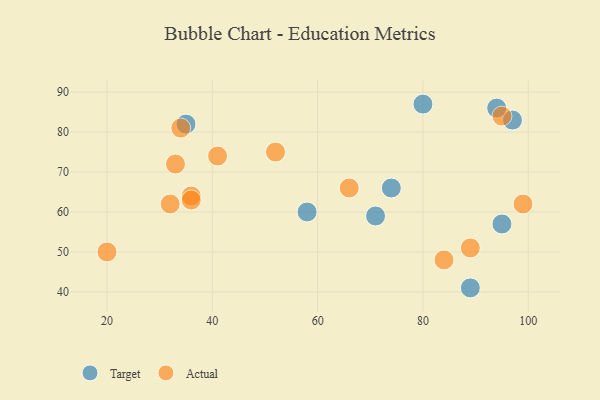
{"axis": {"x": "GDP", "y": "Life Expectancy"}, "legend": ["Actual", "Target"], "data": [{"x": "95", "y": 57, "type": "Target"}, {"x": "97", "y": 83, "type": "Target"}, {"x": "94", "y": 86, "type": "Target"}, {"x": "74", "y": 66, "type": "Target"}, {"x": "89", "y": 41, "type": "Target"}, {"x": "58", "y": 60, "type": "Target"}, {"x": "35", "y": 82, "type": "Target"}, {"x": "80", "y": 87, "type": "Target"}, {"x": "71", "y": 59, "type": "Target"}, {"x": "89", "y": 51, "type": "Actual"}, {"x": "52", "y": 75, "type": "Actual"}, {"x": "34", "y": 81, "type": "Actual"}, {"x": "20", "y": 50, "type": "Actual"}, {"x": "41", "y": 74, "type": "Actual"}, {"x": "36", "y": 64, "type": "Actual"}, {"x": "95", "y": 84, "type": "Actual"}, {"x": "32", "y": 62, "type": "Actual"}, {"x": "36", "y": 63, "type": "Actual"}, {"x": "66", "y": 66, "type": "Actual"}, {"x": "84", "y": 48, "type": "Actual"}, {"x": "33", "y": 72, "type": "Actual"}, {"x": "99", "y": 62, "type": "Actual"}]}